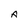
Character: A